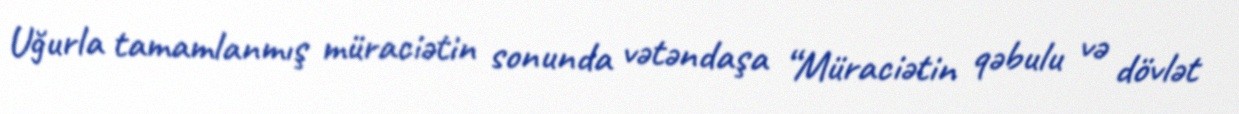
Uğurla tamamlanmış müraciətin sonunda vətəndaşa “Müraciətin qəbulu və dövlət